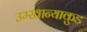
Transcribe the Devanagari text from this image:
उम्खान्याकुड